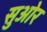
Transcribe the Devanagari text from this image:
सुओर